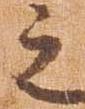
之